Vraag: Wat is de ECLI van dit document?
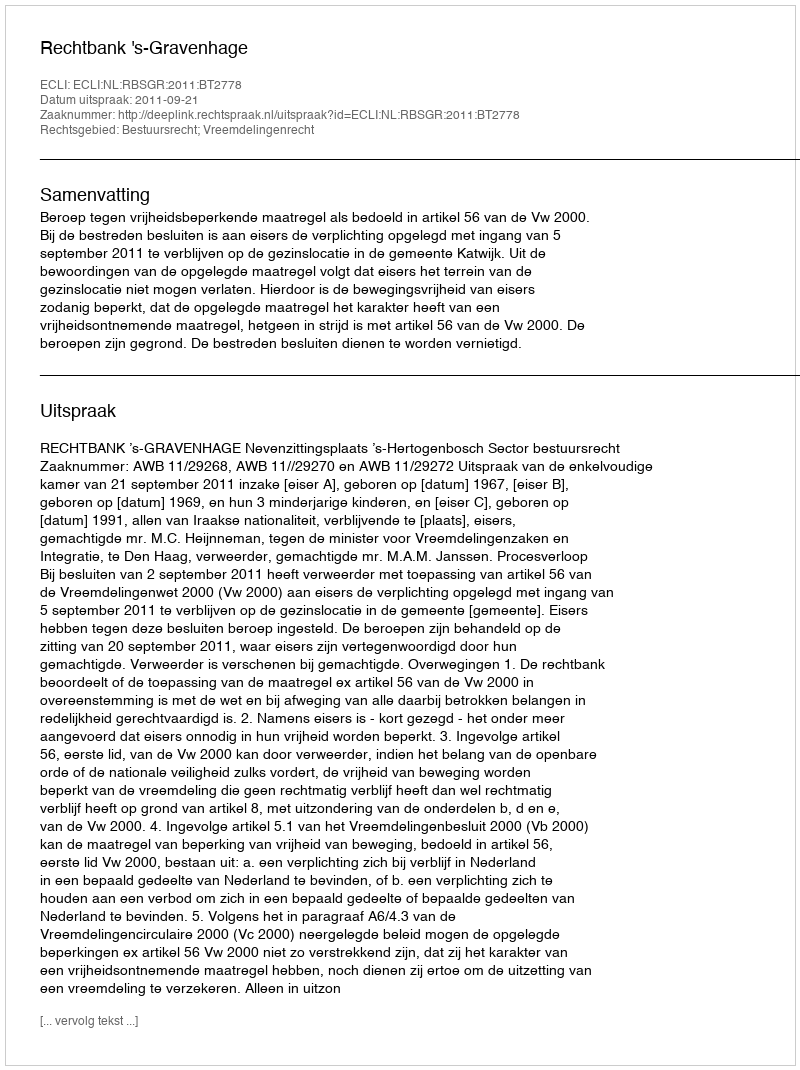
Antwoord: ECLI:NL:RBSGR:2011:BT2778